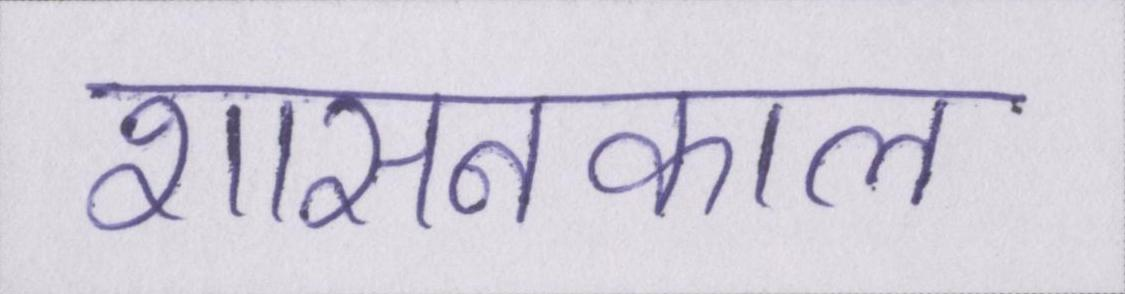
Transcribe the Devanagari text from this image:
शासनकाल